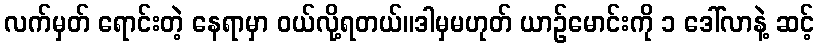
လက်မှတ် ရောင်းတဲ့ နေရာမှာ ဝယ်လို့ရတယ်။ဒါမှမဟုတ် ယာဉ်မောင်းကို ၁ ဒေါ်လာနဲ့ ဆင့်